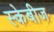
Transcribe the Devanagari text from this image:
स्केबीज